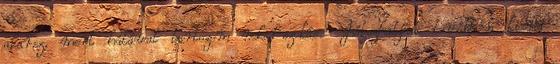
akarsz, mert hálával tartozom neked-szokás. -Játszhatjuk tovább a kisded